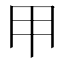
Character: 𱏹